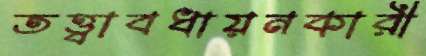
তত্ত্বাবধায়নকারী